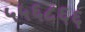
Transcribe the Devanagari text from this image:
५५६८६६